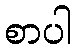
စာပါ